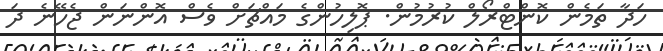
ހަދާ ތަމެން ކޮންޓްރޯލް ކުރުމުން. ޕޮލިހުންގެ މައްޗަށް ވެސް އޮންނަން ޖެހޭނެ ދަ